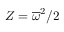
Z = \overline { { \omega } } ^ { 2 } / 2